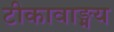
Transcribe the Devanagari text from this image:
टीकावाङ्मय